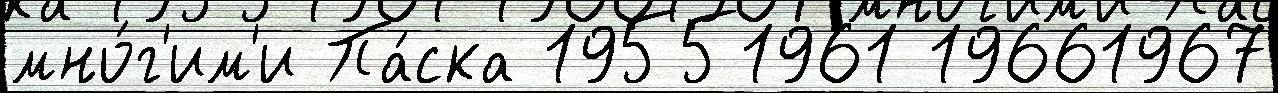
мно́г'им'и Па́ска 19551961 19661967